system: You are a helpful assistant.
user:
Analyze the provided spectrum to determine if it is a **White Dwarf (WD)**.

A White Dwarf spectrum is defined by its **extreme purity** (due to gravitational settling) and/or **extreme pressure broadening** (due to high surface gravity). You must check for one of the following mutually exclusive signatures:

- **Key Visual Indicators (Check for ONE of these types):**

    - **1. DA-Type Signature (Most Common):**
        - **(Primary Feature):** Extreme pressure broadening (Stark broadening) of the **Hydrogen (H) Balmer lines**.
        - **(Key Lines):** $H\beta$ (approx. $4861$ Å) and $H\gamma$ (approx. $4340$ Å). $H\alpha$ (approx. $6563$ Å) will also be present if the wavelength range covers it.
        - **(Line Profile):** This is the **defining feature**. The lines are **NOT** sharp. They appear as massive, **extremely broad and deep "troughs" or "dips"** in the spectrum, often hundreds of Ångströms wide. The continuum will appear to "scoop" down at these wavelengths.
        - **(Distinction):** Normal A-type or B-type stars have *narrow* and *sharp* Hydrogen lines. A DA White Dwarf's lines are unmistakably "smeared" or "blurry" from pressure.

    - **2. DB-Type Signature:**
        - **(Primary Feature):** Broad absorption lines from **Neutral Helium (He I)**. The spectrum must lack any visible Hydrogen lines.
        - **(Key Lines):** Look for broad absorption near $4471$ Å, $4921$ Å, and $5876$ Å.
        - **(Line Profile):** These lines are also significantly pressure-broadened, appearing much wider than they would in a normal B-type main-sequence star.

    - **3. DC-Type Signature:**
        - **(Primary Feature):** A **featureless continuous spectrum**.
        - **(Line Profile):** The spectrum is a smooth curve with **no significant absorption or emission lines**.
        - **(Key Confirmation):** The continuum is almost always **blue or white**, indicating a hot object. This signature implies the atmosphere is so pure (or so cool) that no spectral lines are visible in the optical range. Its WD identity is confirmed by its extremely low intrinsic brightness (high absolute magnitude).

    - **4. DZ-Type Signature (Metal-Polluted):**
        - **(Primary Feature):** **Isolated, narrow metal absorption lines** on an otherwise featureless (DC-like) continuum.
        - **(Key Lines):** The **Calcium (Ca II) H & K doublet** (approx. **$3934$ Å** and **$3968$ Å**) is the most common and defining feature.
        - **(Line Profile):** These lines are "out of place." They are *not* part of a "forest" of thousands of lines. This signature is evidence of recent *accretion* (pollution) from rocky debris.
        - **(Distinction):** Normal G/K/M stars have a *dense forest* of thousands of metal lines. A DZ has a *clean* continuum with *only a few* strong metal lines.

    - **5. DQ-Type Signature (Carbon-Polluted):**
        - **(Primary Feature):** Absorption bands from **Carbon (C₂ "Swan Bands" or atomic C I)**.
        - **(Key Lines - C₂):** Look for bandheads with a "saw-tooth" shape near $5635$ Å, **$5165$ Å** (strongest), and $4737$ Å.
        - **(Key Confirmation):** The underlying **continuum must be blue or white** (hot).
        - **(Distinction):** This is the critical difference from a **Carbon Star**, which has the *exact same* C₂ bands but on an extremely **red, cool** continuum.

- **(Overall Spectrum):**
    - The continuum (overall shape) is typically **blue-sloping** (brighter in the blue than the red), as most white dwarfs are very hot.
    - The spectrum will look "pure" or "simple," dominated by only *one* of the five signatures listed above.

Think first, call **spectral_visualization_tool** if needed to examine features in detail, then provide your final answer. Your response must adhere to the following strict rules:
1.  **Overall Structure:** Your response must follow the format `<think>...</think> <tool_call>...</tool_call> (if a tool is used) <answer>...</answer>`.
2.  **Tool Usage Constraint:** You may only make **one** tool call per turn.
3.  **Final Answer Format:** In the `<answer>` tag, your conclusion must be inside a `\boxed{}` command (e.g., `\boxed{YES}` or `\boxed{NO}`), followed by your justification.

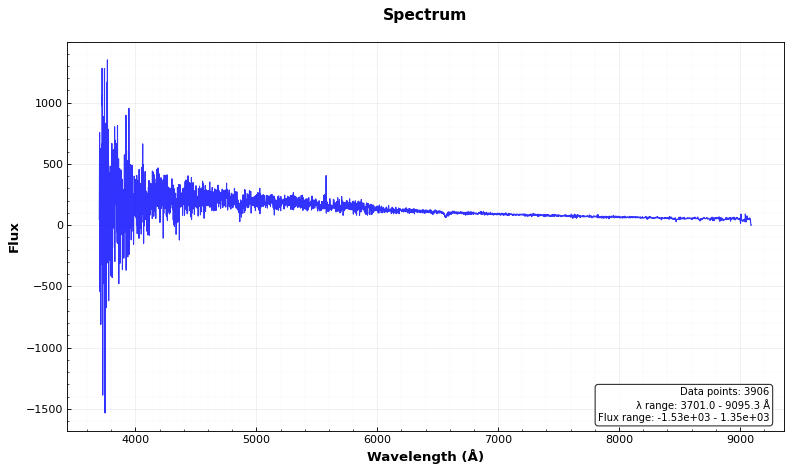
Answer: YES